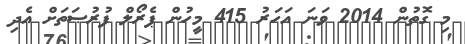
މި ގޮތުން 2014 ވަނަ އަހަރު 415 މީހުން ޕެރޯލް ފުރުޞަތަށް އެދި